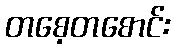
တစေ့တစောင်း